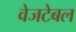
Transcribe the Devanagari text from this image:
वेजटेबल